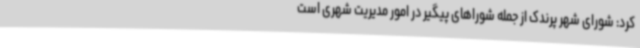
کرد: شورای شهر پرندک از جمله شوراهای پیگیر در امور مدیریت شهری است